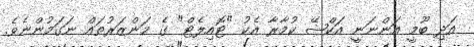
އަދި ބޫމީ އަންނަނީ އަކްޝޭ ކުމާރާ އެކު "ޓޮއިލެޓް" ގެ މަންޒަރުތައް ނަގަމުންނެވެ.